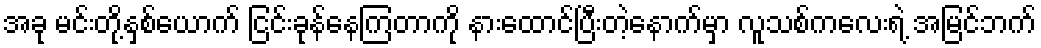
အခု မင်းတို့နှစ်ယောက် ငြင်းခုန်နေကြတာကို နားထောင်ပြီးတဲ့နောက်မှာ လူသစ်ကလေးရဲ့ အမြင်ဘက်